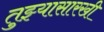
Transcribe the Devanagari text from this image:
तुझ्यासारखी